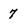
Character: 7